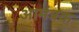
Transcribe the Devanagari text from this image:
आमंत्रक